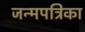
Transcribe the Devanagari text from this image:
जन्मपत्रिका